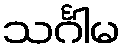
သင်္ဂါမ